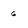
Character: 6